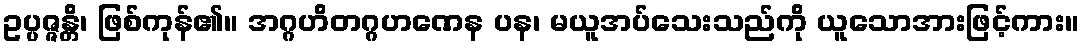
ဥပ္ပဇ္ဇန္တိ၊ ဖြစ်ကုန်၏။ အဂ္ဂဟိတဂ္ဂဟဏေန ပန၊ မယူအပ်သေးသည်ကို ယူသောအားဖြင့်ကား။